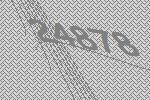
24878